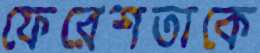
ফেরেশতাকে